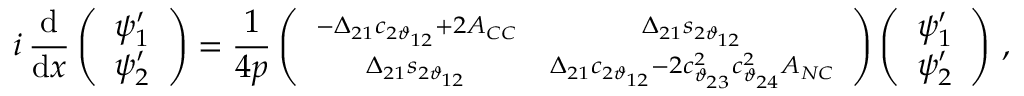
i \, \frac { \mathrm { d } } { \mathrm { d } x } \left( \begin{array} { c } { { \psi _ { 1 } ^ { \prime } } } \\ { { \psi _ { 2 } ^ { \prime } } } \end{array} \right) = \frac { 1 } { 4 p } \left( \begin{array} { c c } { { \scriptstyle - \Delta _ { 2 1 } c _ { 2 \vartheta _ { 1 2 } } + 2 A _ { C C } } } & { { \scriptstyle \Delta _ { 2 1 } s _ { 2 \vartheta _ { 1 2 } } } } \\ { { \scriptstyle \Delta _ { 2 1 } s _ { 2 \vartheta _ { 1 2 } } } } & { { \scriptstyle \Delta _ { 2 1 } c _ { 2 \vartheta _ { 1 2 } } - 2 c _ { \vartheta _ { 2 3 } } ^ { 2 } c _ { \vartheta _ { 2 4 } } ^ { 2 } A _ { N C } } } \end{array} \right) \left( \begin{array} { c } { { \psi _ { 1 } ^ { \prime } } } \\ { { \psi _ { 2 } ^ { \prime } } } \end{array} \right) \, ,